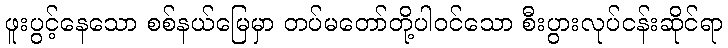
ဖူးပွင့်နေသော စစ်နယ်မြေမှာ တပ်မတော်တို့ပါဝင်သော စီးပွားလုပ်ငန်းဆိုင်ရာ